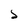
Character: 5